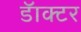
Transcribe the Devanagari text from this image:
डॅाक्टर